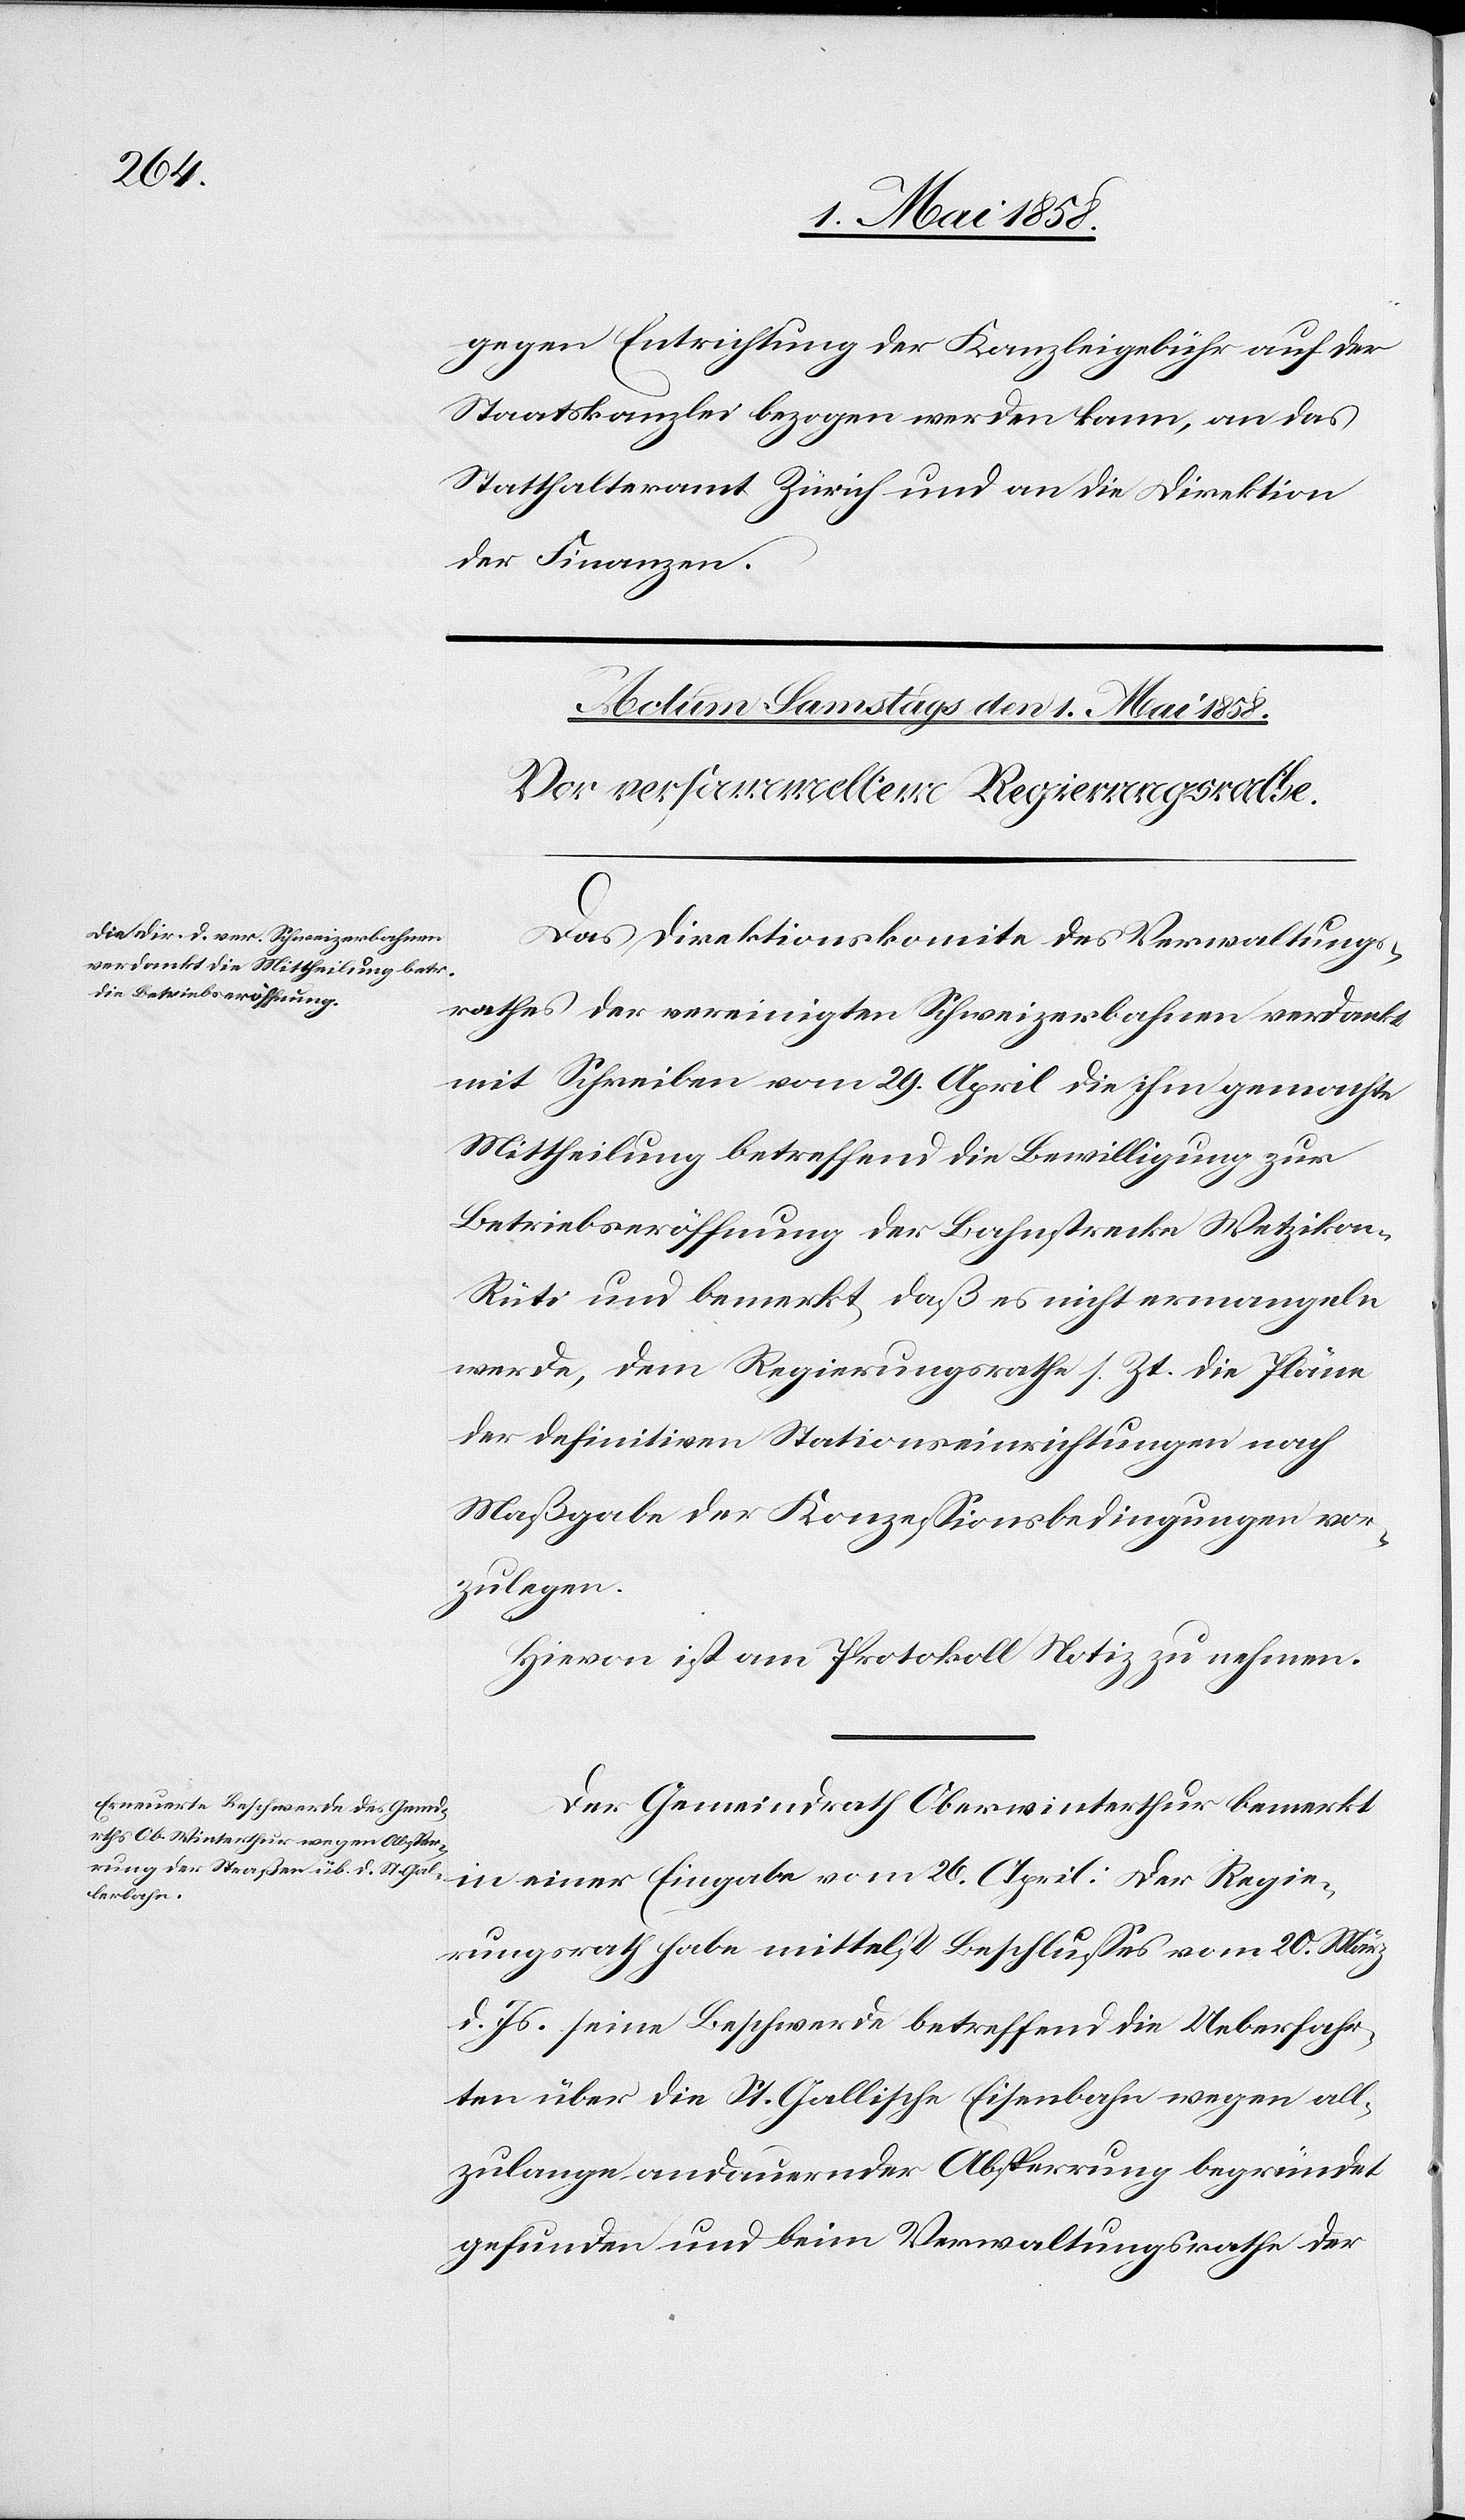
gegen Entrichtung der Kanzleigebühr auf der
Staatskanzlei bezogen werden kann, an das
Statthalteramt Zürich und an die Direktion
der Finanzen.
Das Direktionskomite des Verwaltungs¬
rathes der vereinigten Schweizerbahnen verdankt
mit Schreiben vom 29. April die ihm gemachte
Mittheilung betreffend die Bewilligung zur
Betriebseröffnung der Bahnstrecke Wetzikon–R¬
üti und bemerkt, daß es nicht ermangeln
werde, dem Regierungsrathe s. Zt. die Pläne
der definitiven Stationseinrichtungen nach
Maßgabe der Konzessionsbedingungen vor¬
zulegen.
Hievon ist am Protokoll Notiz zu nehmen.
Der Gemeindrath Oberwinterthur bemerkt
in einer Eingabe vom 26. April: Der Regie¬
rungsrath habe mittelst Beschlusses vom 20. März
d. Js. seine Beschwerde betreffend die Ueberfahr¬
ten über die St. Gallische Eisenbahn wegen all¬
zulange andauernder Absperrung begründet
gefunden und beim Verwaltungsrathe der